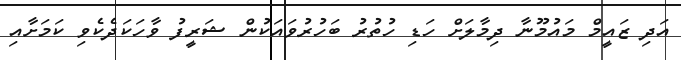
އަދި ޒައީމް މައުމޫނާ ދިމާލަށް ހަޑި ހުތުރު ބަހުރުވައަކުން ޝަރީފު ވާހަކަދެކެވި ކަމަށާއި